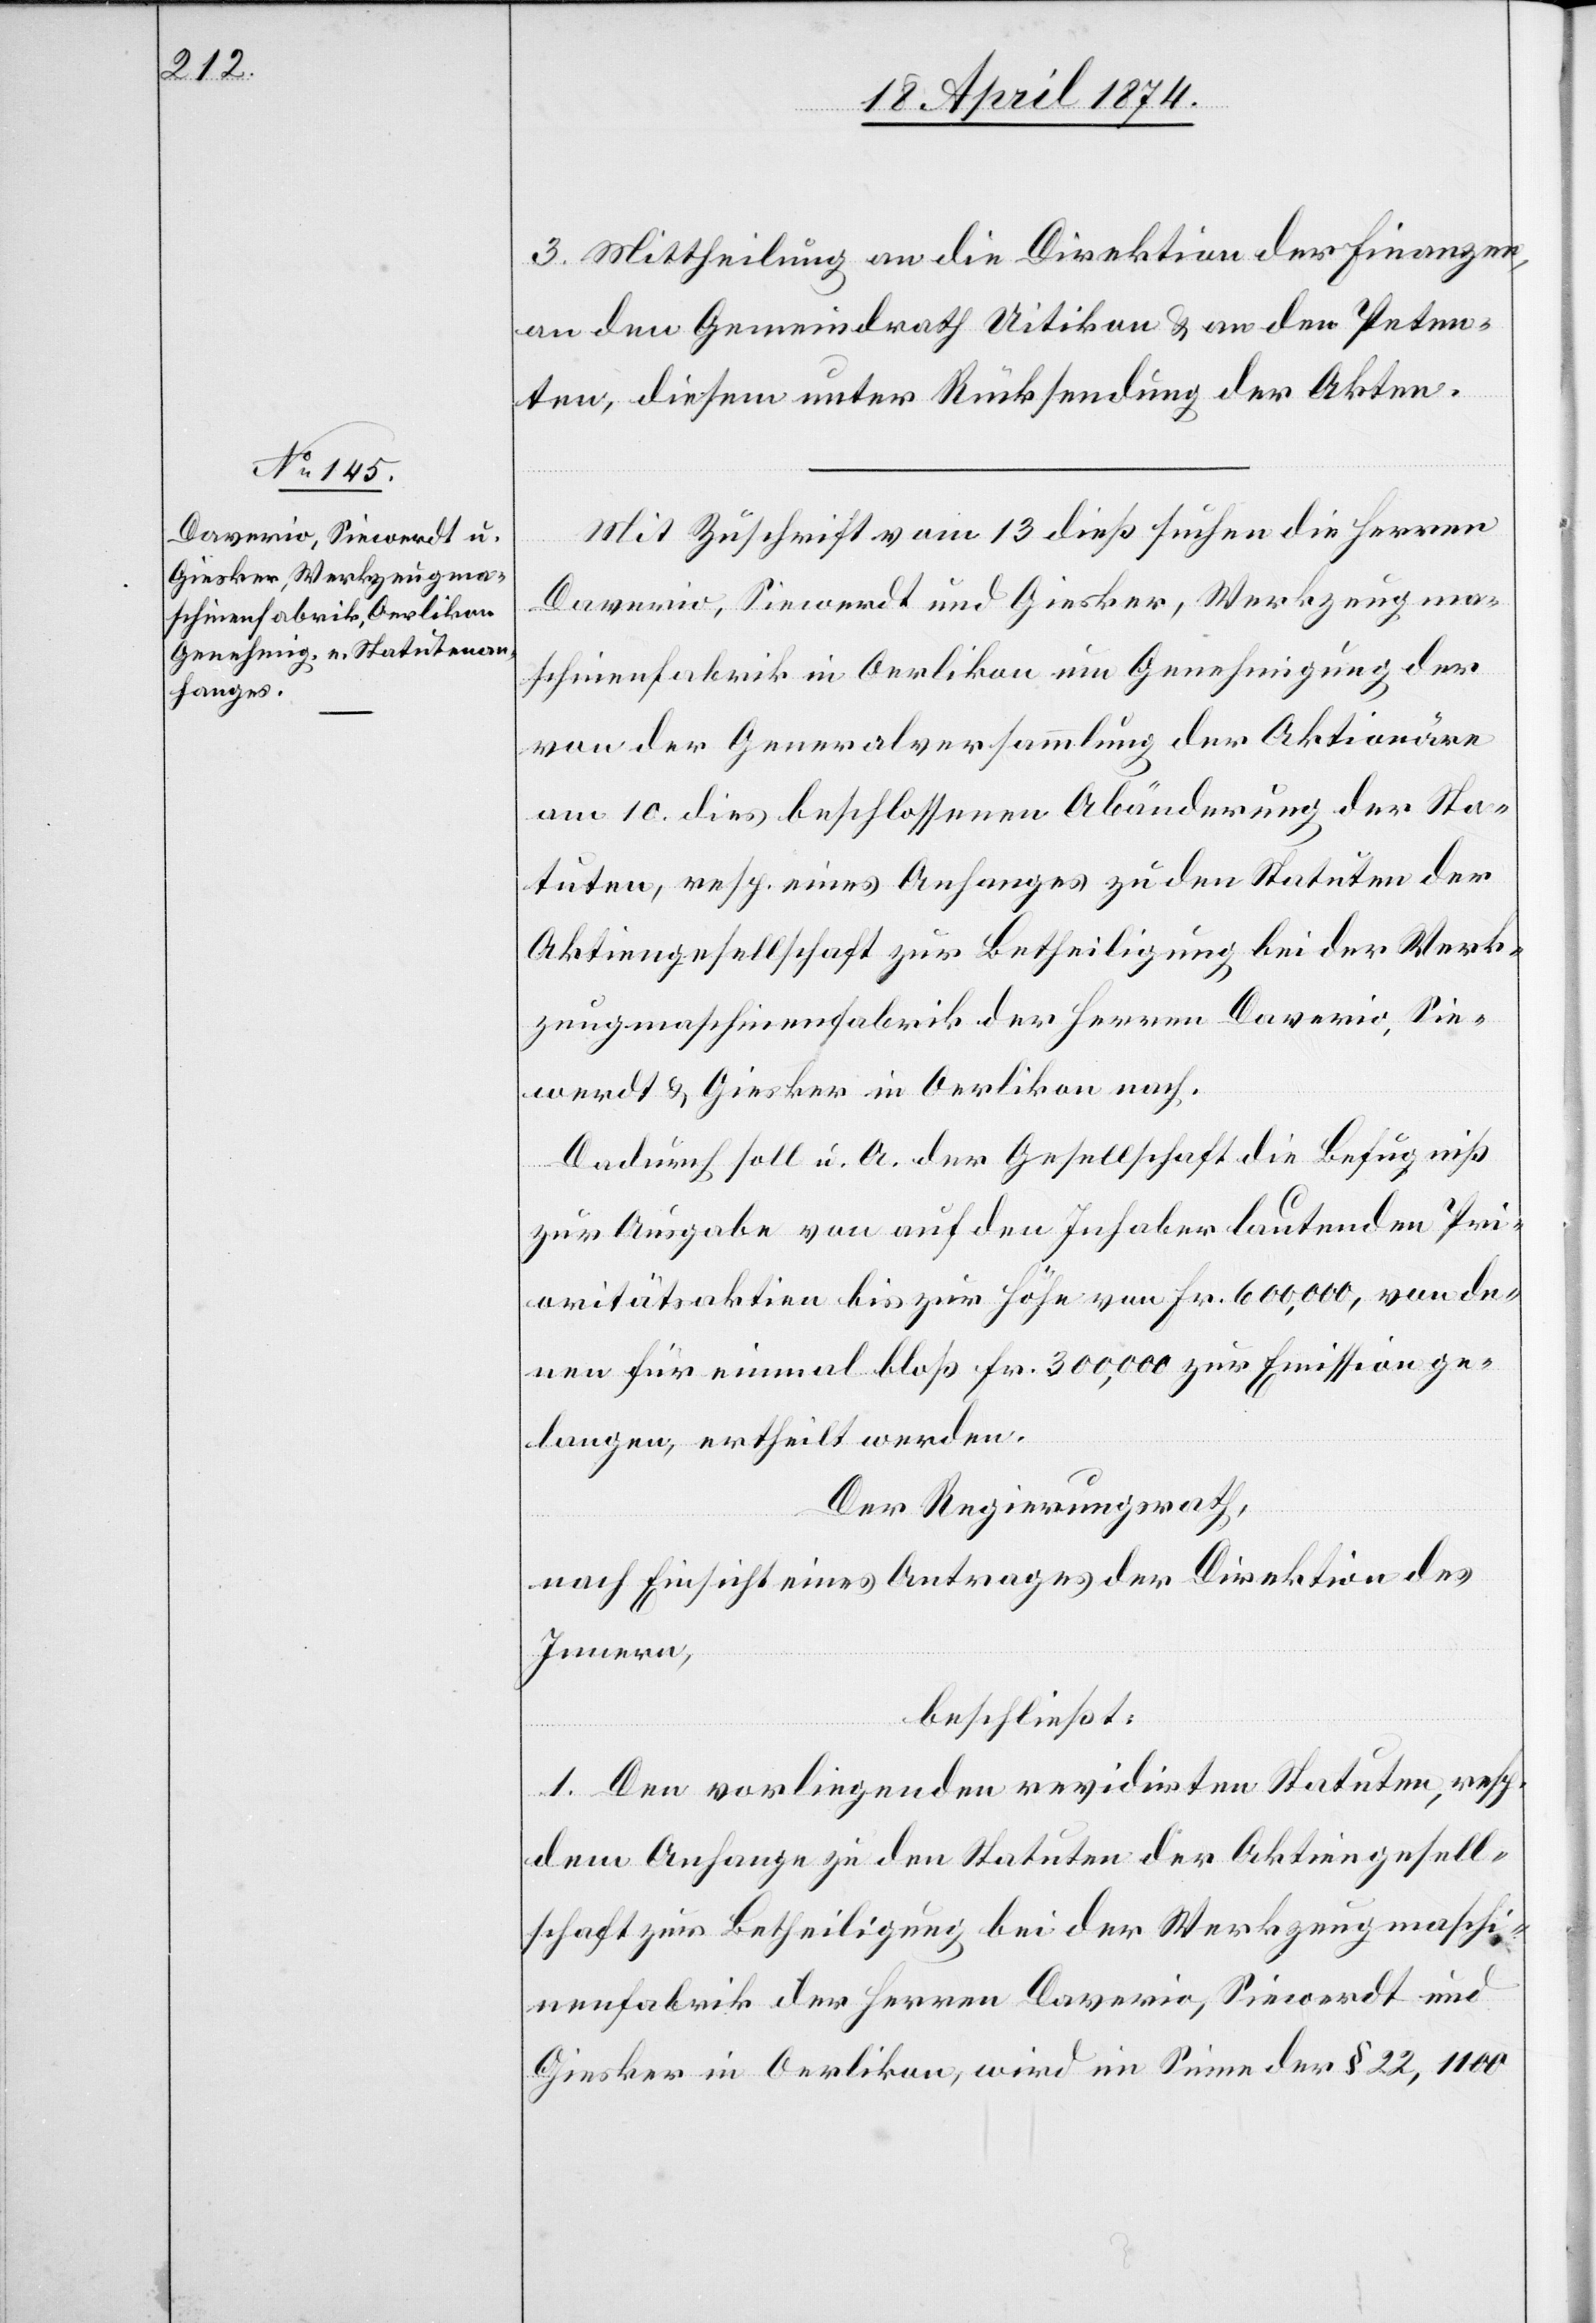
3. Mittheilung an die Direktion der Finanzen,
an den Gemeindrath Uitikon u. an den Peten¬
ten, diesem unter Rücksendung der Akten.
Mit Zuschrift vom 13. dieß suchen die Herren
Daverio, Siewerdt und Giesker, Werkzeugma¬
schinenfabrik in Oerlikon um Genehmigung der
von der Generalversammlung der Aktionäre
am 10. dies beschlossenen Abänderung der Sta¬
tuten, resp. eines Anhanges zu den Statuten der
Aktiengesellschaft zur Betheiligung bei der Werk¬
zeugmaschinenfabrik der Herren Daverio, Sie¬
werdt u. Giesker in Oerlikon nach.
Dadurch soll u. A. der Gesellschaft die Befugniß
zur Ausgabe von auf den Inhaber lautenden Pri¬
oritätsaktien bis zur Höhe von Fr. 600,000, von de¬
nen für einmal bloß Fr. 300,000 zur Emission ge¬
langen, ertheilt werden.
Der Regierungsrath,
nach Einsicht eines Antrages der Direktion des
Innern,
beschließt:
1. Den vorliegenden revidirten Statuten, resp.
dem Anhange zu den Statuten der Aktiengesell¬
schaft zur Betheiligung bei der Werkzeugmaschi¬
nenfabrik der Herren Daverio, Siewerdt und
Giesker in Oerlikon, wird im Sinne der § 22, 1100